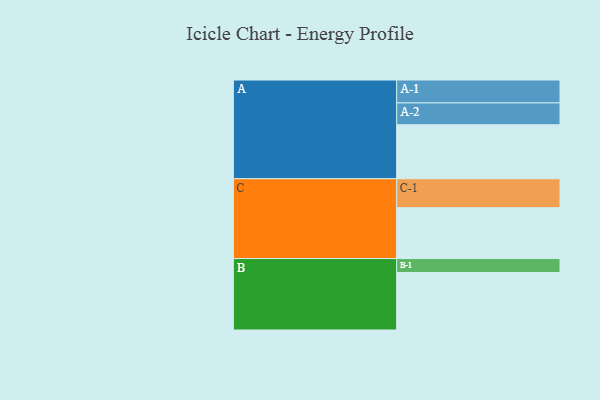
{"axis": {"x": "Segment", "y": "Value"}, "legend": ["", "A", "B", "C"], "data": [{"x": "A", "y": 447, "type": ""}, {"x": "B", "y": 476, "type": ""}, {"x": "C", "y": 421, "type": ""}, {"x": "A-1", "y": 190, "type": "A"}, {"x": "A-2", "y": 181, "type": "A"}, {"x": "B-1", "y": 116, "type": "B"}, {"x": "C-1", "y": 240, "type": "C"}]}